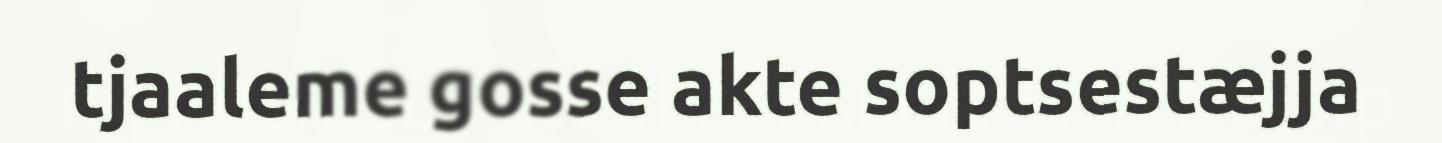
tjaaleme gosse akte soptsestæjja